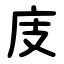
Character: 庋